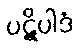
ပဋိပါဒံ